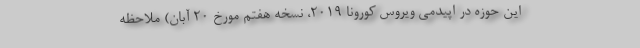
این حوزه در اپیدمی ویروس کورونا 2019، نسخه هفتم مورخ 20 آبان) ملاحظه